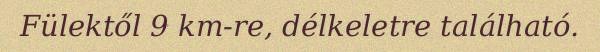
Fülektől 9 km-re, délkeletre található.